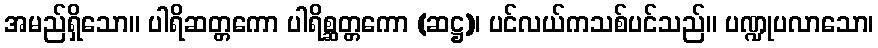
အမည်ရှိသော။ ပါရိဆတ္တကော ပါရိစ္ဆတ္တကော (ဆဋ္ဌ)၊ ပင်လယ်ကသစ်ပင်သည်။ ပဏ္ဍုပလာသော၊